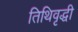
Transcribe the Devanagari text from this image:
तिथिवृद्धी